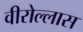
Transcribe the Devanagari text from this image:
वीरोल्लास